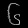
Digit: ၆